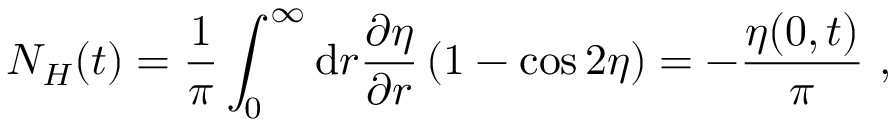
N _ { H } ( t ) = \frac { 1 } { \pi } \int _ { 0 } ^ { \infty } \mathrm { d } r \frac { \partial \eta } { \partial r } \left( 1 - \cos 2 \eta \right) = - \frac { \eta ( 0 , t ) } { \pi } \ ,